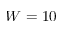
W = 1 0